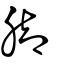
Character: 脚